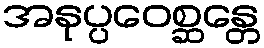
အနုပ္ပဝေစ္ဆန္တေ